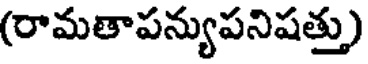
(రామతాపన్యుపనిషత్తు)